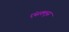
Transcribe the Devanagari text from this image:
एंसक्लूस